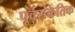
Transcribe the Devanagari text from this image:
पूर्वसंकेतिक